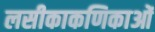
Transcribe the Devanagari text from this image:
लसीकाकणिकाओं